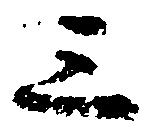
三